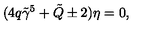
( 4 q \tilde { \gamma } ^ { 5 } + \tilde { Q } \pm 2 ) \eta = 0 ,